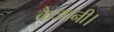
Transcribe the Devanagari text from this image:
कैजानी।